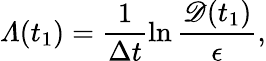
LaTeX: \varLambda(t_{1})=\frac{1}{\Delta t}\ln\frac{\mathscr{D}(t_{1})}{\epsilon},